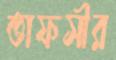
তাফসীর